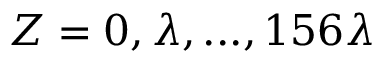
Z = 0 , \lambda , . . . , 1 5 6 \lambda